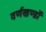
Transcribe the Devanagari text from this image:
वर्णखण्डों